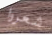
شعروا